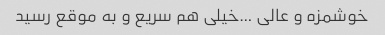
خوشمزه و عالی …خیلی هم سریع و به موقع رسید